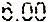
6.00